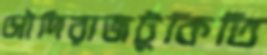
সৌদিরাজটুকিতি